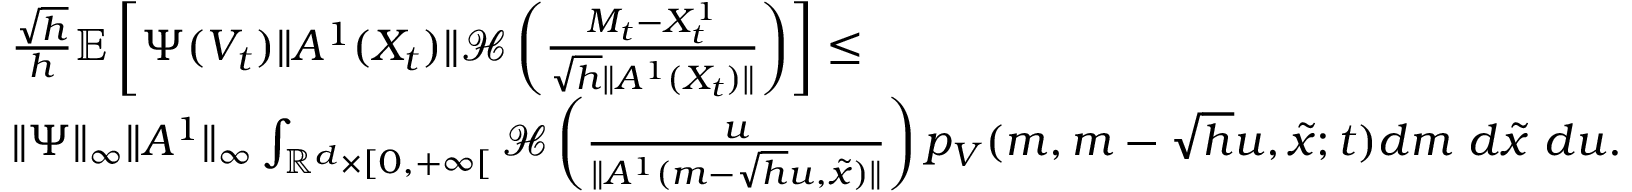
\begin{array} { r l } & { \frac { \sqrt { h } } { h } { \mathbb E } \left[ \Psi ( V _ { t } ) \| A ^ { 1 } ( X _ { t } ) \| { \mathcal H } \left( \frac { M _ { t } - { X _ { t } ^ { 1 } } } { \sqrt { h } \| A ^ { 1 } ( X _ { t } ) \| } \right) \right] \leq } \\ & { \| \Psi \| _ { \infty } \| A ^ { 1 } \| _ { \infty } \int _ { { \mathbb R } ^ { d } \times [ 0 , + \infty [ } { \mathcal H } \left( \frac { u } { \| A ^ { 1 } ( m - \sqrt { h } u , \tilde { x } ) \| } \right) p _ { V } ( m , m - \sqrt { h } u , \tilde { x } ; t ) d m ~ d \tilde { x } ~ d u . } \end{array}